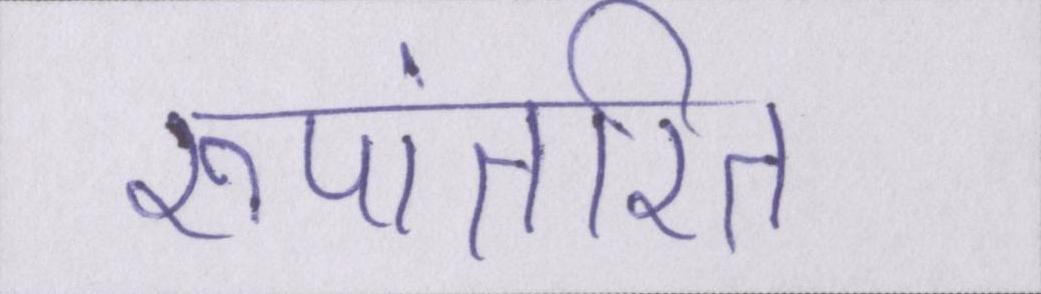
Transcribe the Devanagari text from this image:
रूपांतरित